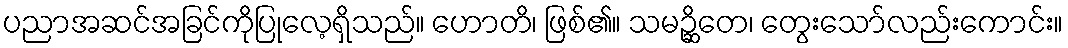
ပညာအဆင်အခြင်ကိုပြုလေ့ရှိသည်။ ဟောတိ၊ ဖြစ်၏။ သမဉ္ဆိတေ၊ တွေးသော်လည်းကောင်း။